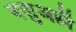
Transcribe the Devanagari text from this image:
बलुअही